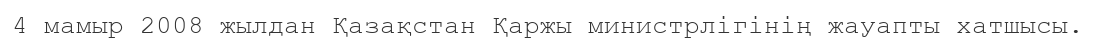
4 мамыр 2008 жылдан Қазақстан Қаржы министрлігінің жауапты хатшысы.